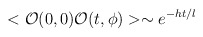
\begin{align*}<{\cal O}(0,0) {\cal O}(t,\phi)> \sim e^{-ht/l} \end{align*}